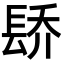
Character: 𬮄